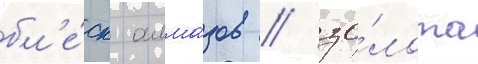
бл'е́ск алма́зов / зо́лота